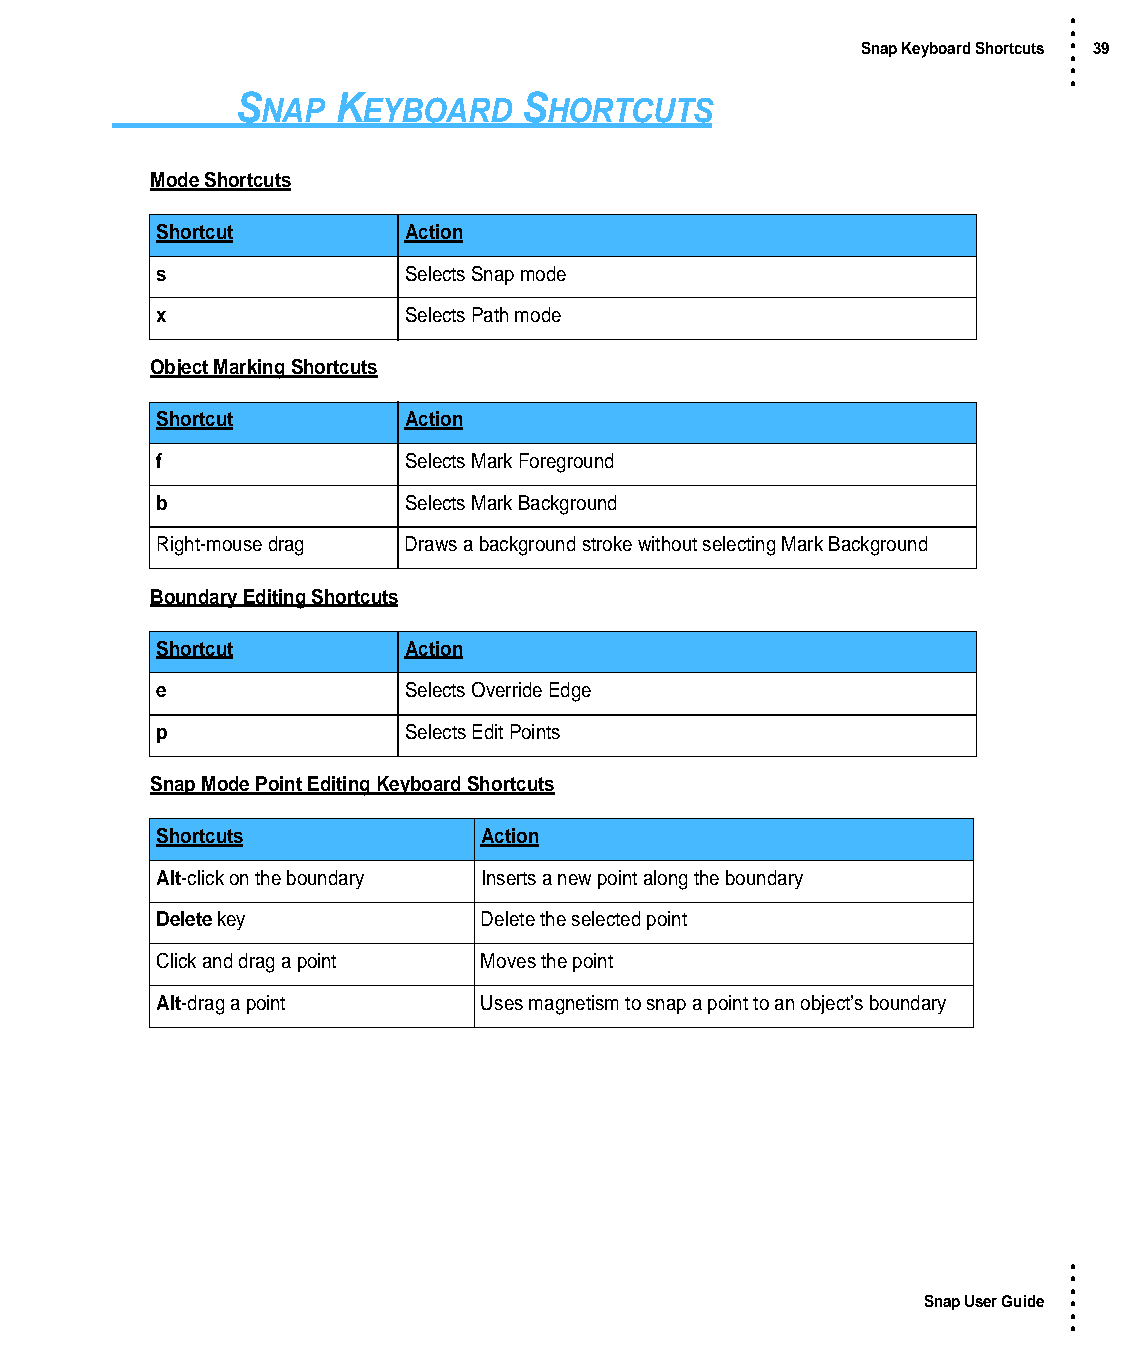
•
 •
 Snap Keyboard Shortcuts • 39
 •
 •
 •
 S     K            S
 NAP    EYBOARD     HORTCUTS
 Mode Shortcuts
 Shortcut         Action
 s                Selects Snap mode
 x                Selects Path mode
 Object Marking Shortcuts
 Shortcut         Action
 f                Selects Mark Foreground
 b                Selects Mark Background
 Right-mouse drag Draws a background stroke without selecting Mark Background
 Boundary Editing Shortcuts
 Shortcut         Action
 e                Selects Override Edge
 p                Selects Edit Points
 Snap Mode Point Editing Keyboard Shortcuts
 Shortcuts             Action
 Alt-click on the boundary Inserts a new point along the boundary
 Delete key            Delete the selected point
 Click and drag a point Moves the point
 Alt-drag a point      Uses magnetism to snap a point to an object’s boundary
 •
 •
 •
 Snap User Guide •
 •
 •